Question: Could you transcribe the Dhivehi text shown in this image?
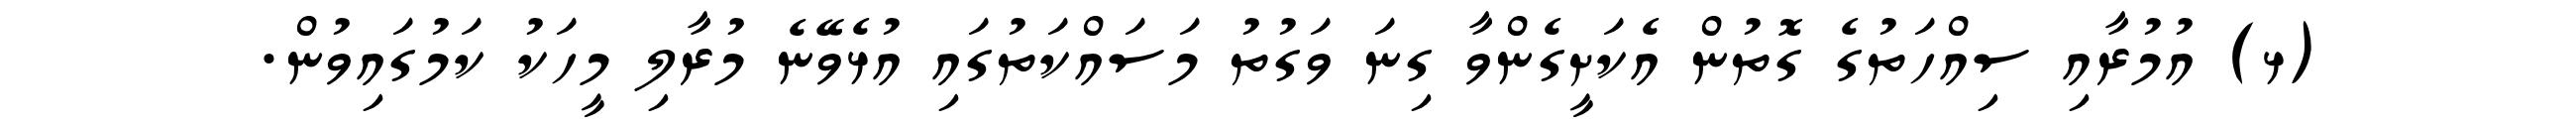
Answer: (ޅ) އުމުރާއި ސިއްހަތުގެ ގޮތުން އެކަށީގެންވާ ގިނަ ވަގުތު މަސައްކަތުގައި އުޅެވޭނެ މުރާލި މީހަކު ކަމުގައިވުން.